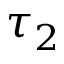
\tau _ { 2 }